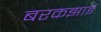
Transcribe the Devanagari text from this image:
बरकझाई